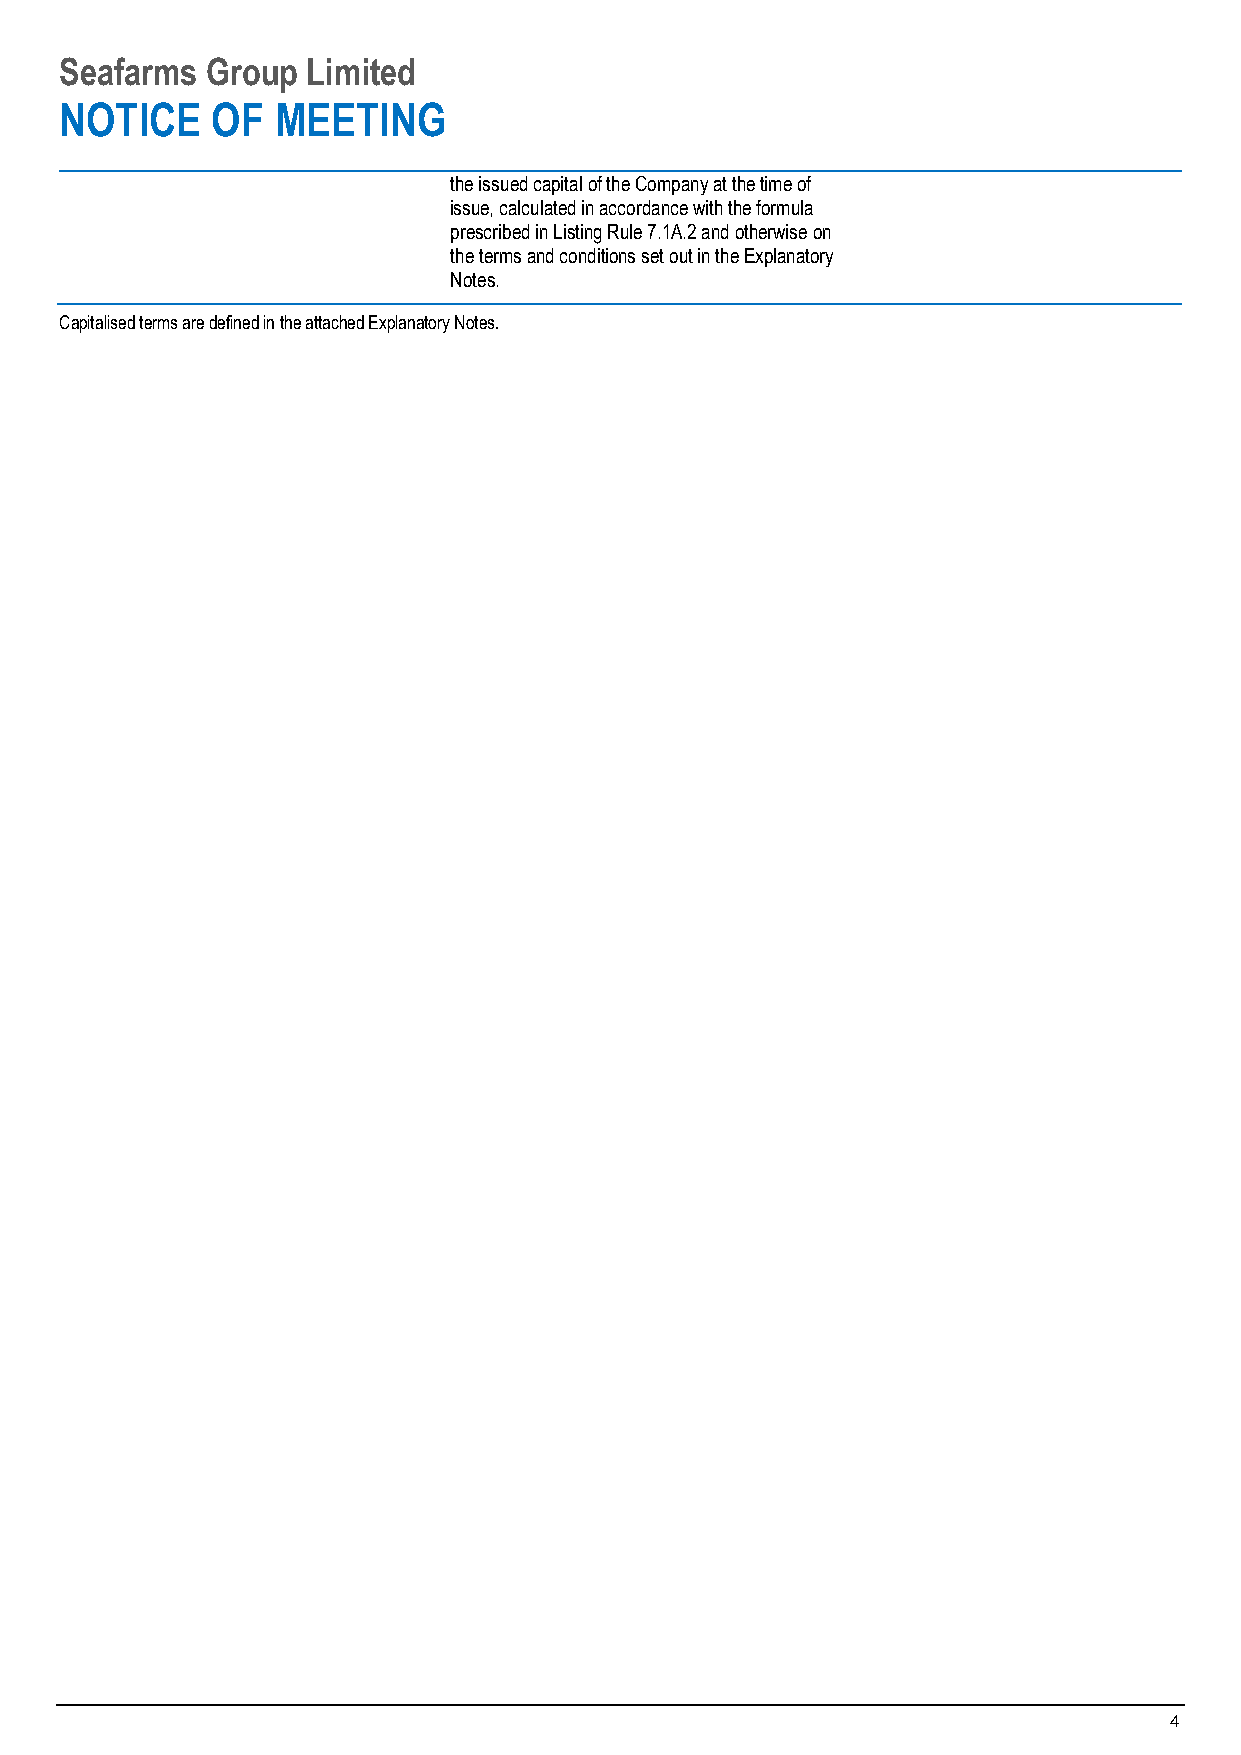
Seafarms  Group Limited
 NOTICE    OF  MEETING
 the issued capital of the Company at the time of
 issue, calculated in accordance with the formula
 prescribed in Listing Rule 7.1A.2 and otherwise on
 the terms and conditions set out in the Explanatory
 Notes.
 Capitalised terms are defined in the attached Explanatory Notes.
 4